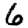
Digit: 6